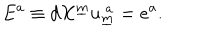
LaTeX: E ^ { a } \equiv d X ^ { \underline { { { m } } } } u _ { \underline { { { m } } } } ^ { ~ a } = e ^ { a } .